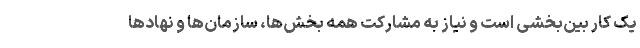
یک کار بین‌بخشی است و نیاز به مشارکت همه بخش‌ها، سازمان‌ها و نهادها